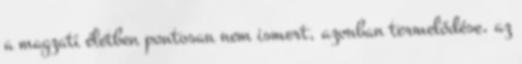
a magzati életben pontosan nem ismert, azonban termelődése, az